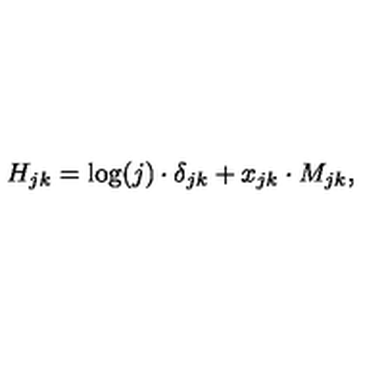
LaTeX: H _ { j k } = \log ( j ) \cdot \delta _ { j k } + x _ { j k } \cdot M _ { j k } ,